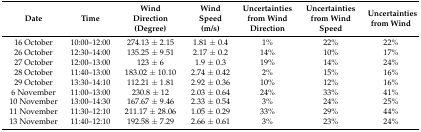
<table><thead><tr><td><b>Date</b></td><td><b>Time</b></td><td><b>Wind Direction (Degree)</b></td><td><b>Wind Speed (m/s)</b></td><td><b>Uncertainties from Wind Direction</b></td><td><b>Uncertainties from Wind Speed</b></td><td><b>Uncertainties from Wind</b></td></tr></thead><tbody><tr><td>16 October</td><td>10:00–12:00</td><td>274.13 ± 2.15</td><td>1.81 ± 0.4</td><td>1%</td><td>22%</td><td>22%</td></tr><tr><td>26 October</td><td>12:30–14:00</td><td>135.25 ± 9.51</td><td>2.17 ± 0.2</td><td>14%</td><td>10%</td><td>17%</td></tr><tr><td>27 October</td><td>12:00–13:00</td><td>123 ± 6</td><td>1.9 ± 0.3</td><td>19%</td><td>14%</td><td>24%</td></tr><tr><td>28 October</td><td>11:40–13:00</td><td>183.02 ± 10.10</td><td>2.74 ± 0.42</td><td>2%</td><td>15%</td><td>16%</td></tr><tr><td>29 October</td><td>13:30–14:10</td><td>112.21 ± 1.81</td><td>2.92 ± 0.36</td><td>10%</td><td>12%</td><td>16%</td></tr><tr><td>6 November</td><td>11:00–13:00</td><td>230.8 ± 12</td><td>2.03 ± 0.64</td><td>24%</td><td>33%</td><td>41%</td></tr><tr><td>10 November</td><td>13:00–14:30</td><td>167.67 ± 9.46</td><td>2.33 ± 0.54</td><td>3%</td><td>24%</td><td>25%</td></tr><tr><td>11 November</td><td>11:30–12:10</td><td>211.17 ± 28.06</td><td>1.05 ± 0.29</td><td>33%</td><td>29%</td><td>44%</td></tr><tr><td>13 November</td><td>11:40–12:10</td><td>192.58 ± 7.29</td><td>2.66 ± 0.61</td><td>3%</td><td>23%</td><td>24%</td></tr></tbody></table>